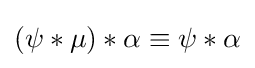
(\psi *\mu )*\alpha \equiv \psi *\alpha